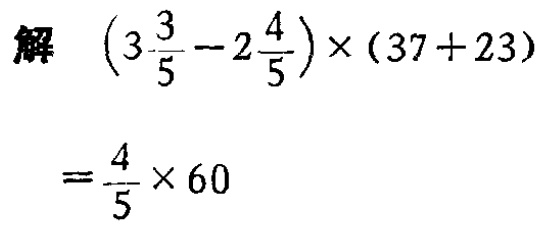
解 \(\left(3\frac{3}{5}-2\frac{4}{5}\right)\times(37 + 23)\)

\(=\frac{4}{5}\times 60\)